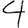
Digit: 4